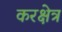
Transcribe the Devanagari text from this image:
करक्षेत्र